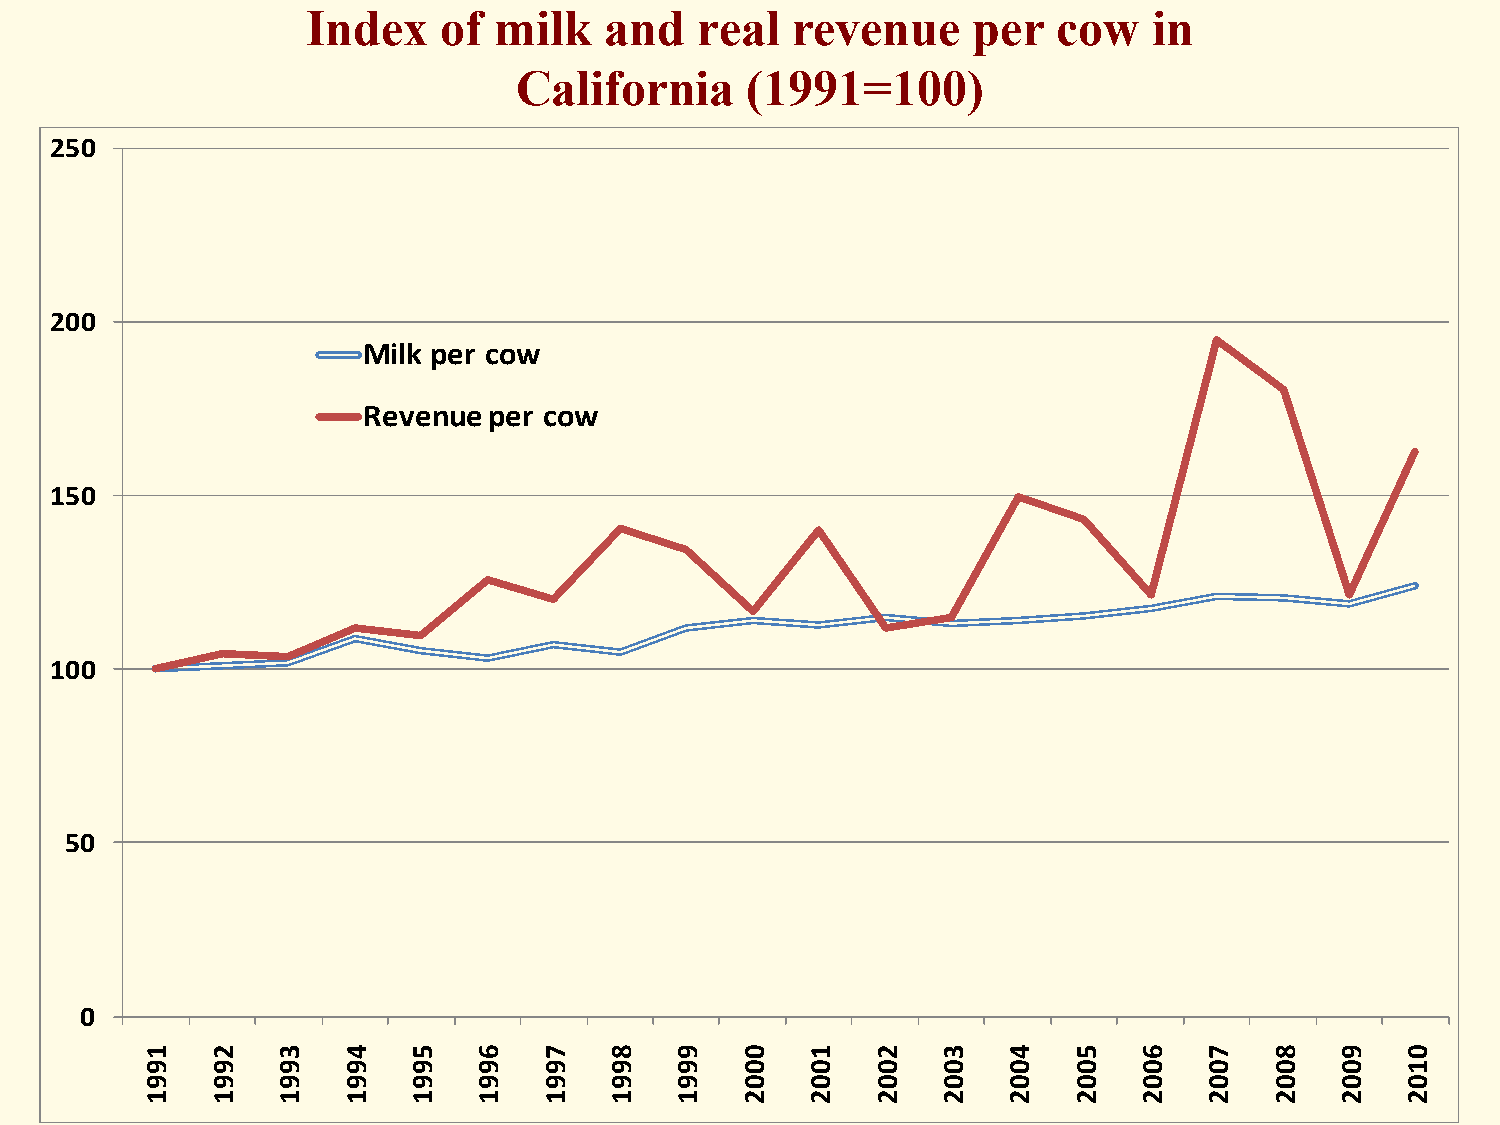
Index    of  milk   and   real  revenue     per   cow   in
 California     (1991=100)
 250
 200
 Milk per cow
 Revenue per cow
 150
 100
 50
 0
 1   2   3    4   5    6   7   8    9   0   1    2   3    4   5   6    7   8    9   0
 9   9   9    9   9    9   9   9    9   0   0    0   0    0   0   0    0   0    0   1
 9   9   9    9   9    9   9   9    9   0   0    0   0    0   0   0    0   0    0   0
 1   1   1    1   1    1   1   1    1   2   2    2   2    2   2   2    2   2    2   2